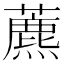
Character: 藨